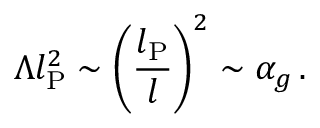
\Lambda l _ { \mathrm { P } } ^ { 2 } \sim \left( \frac { l _ { \mathrm { P } } } { l } \right) ^ { 2 } \sim \alpha _ { g } \, .